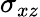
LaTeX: \sigma_{xz}